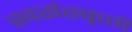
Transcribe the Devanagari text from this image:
स्वसंस्कृती